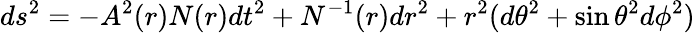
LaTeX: ds^{2}=-A^{2}(r)N(r)dt^{2}+N^{-1}(r)dr^{2}+r^{2}(d\theta^{2}+\sin\theta^{2}d\phi^{2})